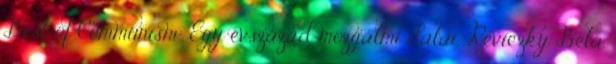
Best of Communism: Egy évszázad mozgalmi dalai. Reviczky Béla.